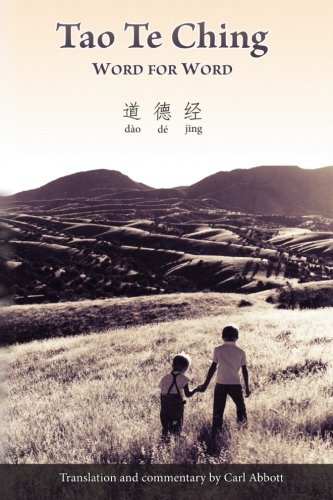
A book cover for Tao Te Ching: Word For Word: Translation and Commentary; Carl Abbott; Religion & Spirituality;